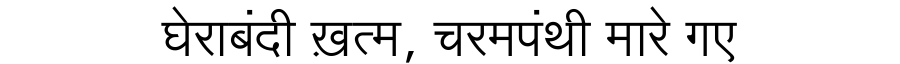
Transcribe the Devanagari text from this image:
घेराबंदी ख़त्म, चरमपंथी मारे गए